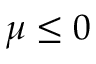
\mu \leq 0